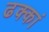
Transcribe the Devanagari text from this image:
ढक्कां